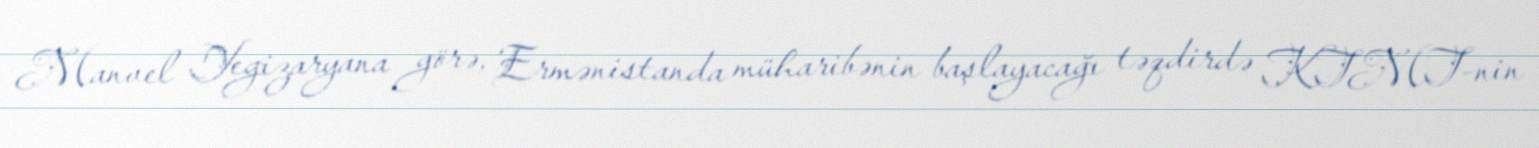
Manvel Yegizaryana görə, Ermənistanda müharibənin başlayacağı təqdirdə KTMT-nin